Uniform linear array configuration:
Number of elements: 64
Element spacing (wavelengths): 1
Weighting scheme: exponential
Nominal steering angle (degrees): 45
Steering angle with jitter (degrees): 44.755
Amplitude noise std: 0.05
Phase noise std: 0.05

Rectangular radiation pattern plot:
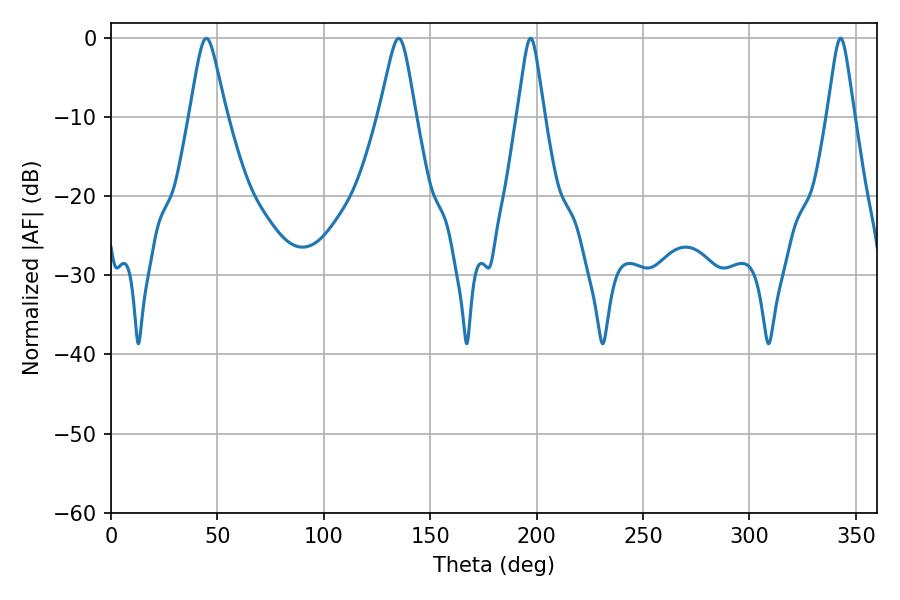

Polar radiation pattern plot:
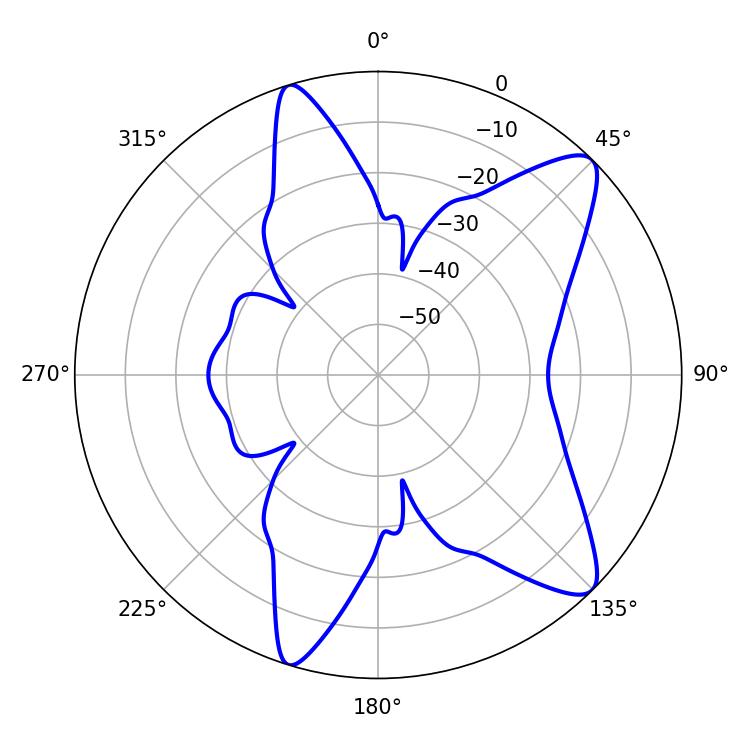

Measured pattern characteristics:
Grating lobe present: TRUE
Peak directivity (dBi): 10.601
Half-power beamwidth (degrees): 8.28
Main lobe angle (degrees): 44.82